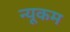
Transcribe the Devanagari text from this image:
न्यूकम